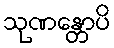
သုဏန္တောပိ